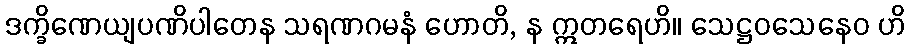
ဒက္ခိဏေယျပဏိပါတေန သရဏဂမနံ ဟောတိ, န ဣတရေဟိ။ သေဋ္ဌဝသေနေဝ ဟိ